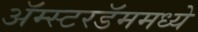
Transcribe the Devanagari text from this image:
ॲम्स्टरडॅममध्ये